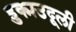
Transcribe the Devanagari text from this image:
हुक्मउदूली